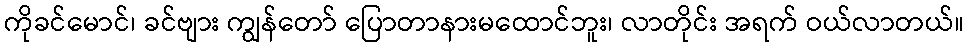
ကိုခင်မောင်၊ ခင်ဗျား ကျွန်တော် ပြောတာနားမထောင်ဘူး၊ လာတိုင်း အရက် ဝယ်လာတယ်။